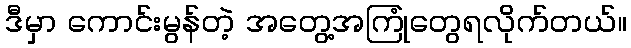
ဒီမှာ ကောင်းမွန်တဲ့ အတွေ့အကြုံတွေရလိုက်တယ်။